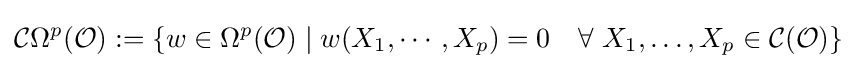
{\mathcal {C}}\Omega ^{p}({\mathcal {O}}):=\{w\in \Omega ^{p}({\mathcal {O}})\mid w(X_{1},\cdots ,X_{p})=0\quad \forall ~X_{1},\ldots ,X_{p}\in {\mathcal {C}}({\mathcal {O}})\}